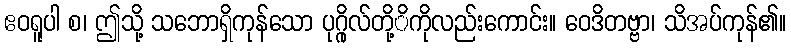
ဧဝရူပါ စ၊ ဤသို့ သဘောရှိကုန်သော ပုဂ္ဂိုလ်တို့ိကိုလည်းကောင်း။ ဝေဒိတဗ္ဗာ၊ သိအပ်ကုန်၏။